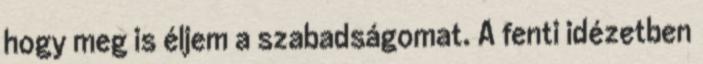
hogy meg is éljem a szabadságomat. A fenti idézetben